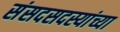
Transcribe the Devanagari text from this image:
संसदसदस्यांच्या